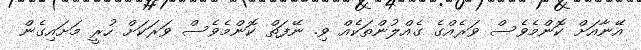
އޭނާއަށް ކޮންމެވެސް ވަރެއްގެ ގެއްލުންތަކެއް ވި. ނޭފަތް ކޮންމެވެސް ވަރަކަށް ހުރީ މަށައިގެން